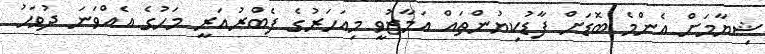
ޝިޔާމަށް އެންމެ ބޮޑަށް ފާޑުކިޔުންތައް އަމާޒުވީ މިއަހަރުގެ ފެބްރުއަރީ މަހުގެ އެއްވަނަ ދުވަހު